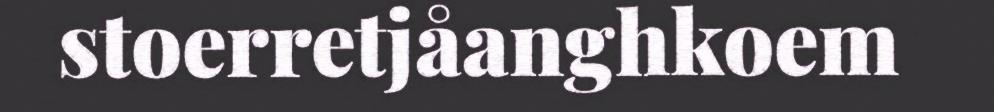
stoerretjåanghkoem